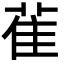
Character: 雈